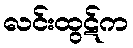
လင်းထွဋ်က